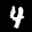
Label: 4